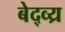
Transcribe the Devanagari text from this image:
बेद्व्य्र